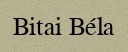
Bitai Béla